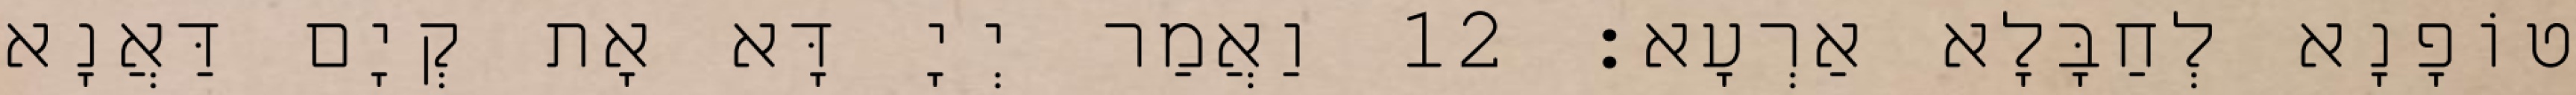
טוֹפָנָא לְחַבָּלָא אַרְעָא׃ 12 וַאֲמַר יְיָ דָּא אָת קְיָם דַּאֲנָא